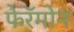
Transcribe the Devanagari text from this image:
फेरॅमोन